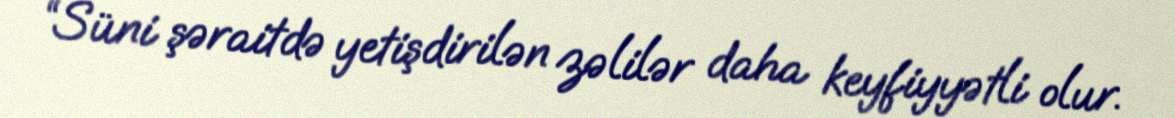
“Süni şəraitdə yetişdirilən zəlilər daha keyfiyyətli olur.